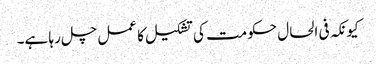
کیونکہ فی الحال حکومت کی تشکیل کا عمل چل رہا ہے۔